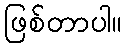
ဖြစ်တာပါ။